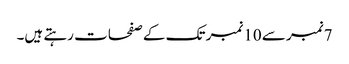
7نمبر سے 10نمبر تک کے صفحات رہتے ہیں۔